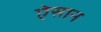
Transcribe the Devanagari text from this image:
ऐसान